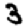
Digit: 3